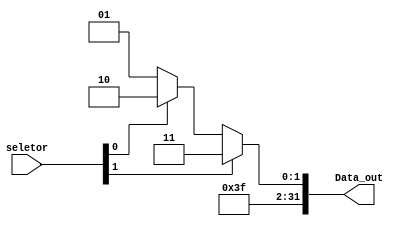
module MUX_1 (
	input wire [1:0] seletor, //sinal
	output wire [31:0] Data_out
);

	wire [31:0] A1;
	
	assign A1 = (seletor[0]) ? 32'd254 : 32'd253;
	assign Data_out = (seletor[1]) ? 32'd255 : A1;



endmodule